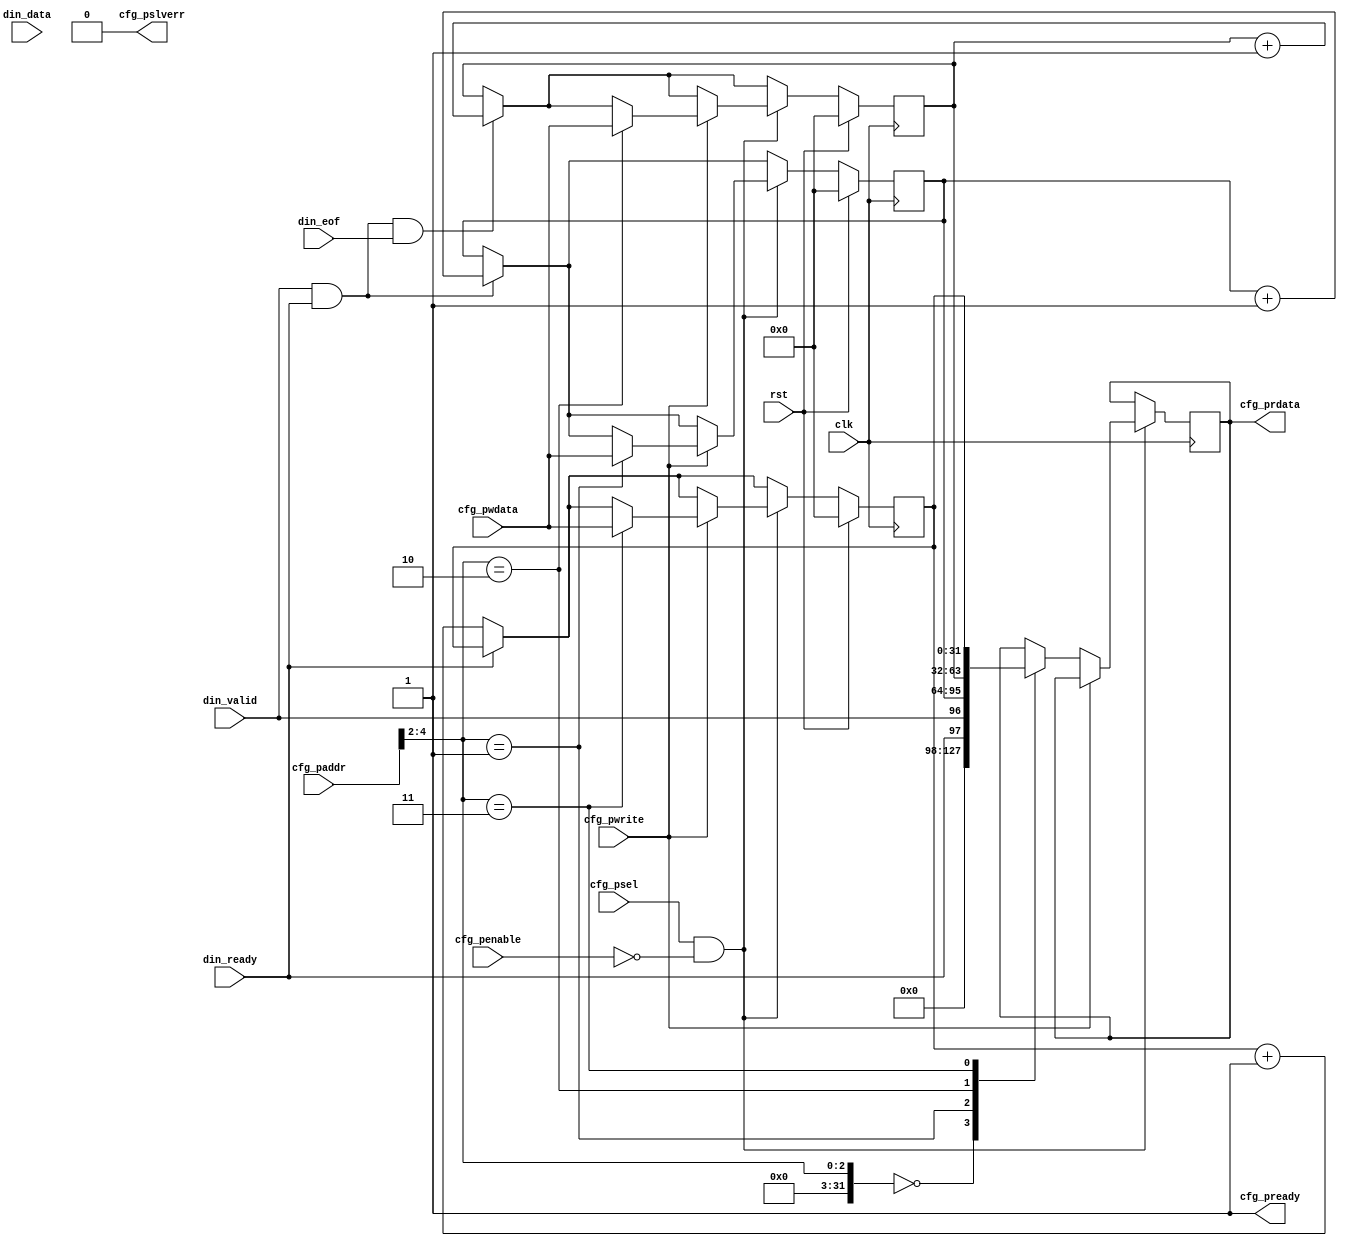
// Copyright 2019 Google LLC
//
// Licensed under the Apache License, Version 2.0 (the "License");
// you may not use this file except in compliance with the License.
// You may obtain a copy of the License at
//
//     https://www.apache.org/licenses/LICENSE-2.0
//
// Unless required by applicable law or agreed to in writing, software
// distributed under the License is distributed on an "AS IS" BASIS,
// WITHOUT WARRANTIES OR CONDITIONS OF ANY KIND, either express or implied.
// See the License for the specific language governing permissions and
// limitations under the License.
//
// --------------------------------------------------------------------------
// Stream Stats
// --------------------------------------------------------------------------
// Monitors a stream and counts the number of valid transactions and frames.
//
// --------------------------------------------------------------------------
module stream_stats #(
  parameter DataBits = 8)
(
  input                 clk,
  input                 rst,
  //
  input [4:0]           cfg_paddr,
  input                 cfg_psel,
  input                 cfg_penable,
  input                 cfg_pwrite,
  input [31:0]          cfg_pwdata,
  output                cfg_pready,
  output reg [31:0]     cfg_prdata,
  output                cfg_pslverr,
  //
  input                 din_ready,
  input                 din_valid,
  input [DataBits-1:0]  din_data,
  input                 din_eof
);

  // -----------
  // Address Map
  // -----------
  localparam StatusAddr    = 0, // RO: Stream Status
             VldCntAddr    = 1, // RW: Counts number of valid transactions
             FrameCntAddr  = 2, // RW: Counts number of frames
             RdyLowCntAddr = 3; // RW: Counts number of cycles ready has been low

  assign cfg_pready  = 1;   // APB slave is always ready
  assign cfg_pslverr = 0;   // unused

  reg [31:0] valid_count, frame_count, rdy_low_count;

  always @(posedge clk) begin :cfg
    integer addr_i;
    addr_i = cfg_paddr >> 2; // convert to word address

    // --------------
    // Monitor Stream
    // --------------
    if (din_valid & din_ready) begin
      valid_count <= valid_count + 1;
    end

    if (din_valid & din_ready & din_eof) begin
      frame_count <= frame_count + 1;
    end

    if (~din_ready) begin
      rdy_low_count <= rdy_low_count + 1;
    end

    // --------------
    // APB Registers
    // --------------
    if (cfg_psel && !cfg_penable) begin
      // register writing
      if (cfg_pwrite) begin
        case (addr_i)
          VldCntAddr:    valid_count   <= cfg_pwdata;
          FrameCntAddr:  frame_count   <= cfg_pwdata;
          RdyLowCntAddr: rdy_low_count <= cfg_pwdata;
        endcase
      // register reading
      end else begin
        case (addr_i)
          StatusAddr:    cfg_prdata <= {din_ready, din_valid};
          VldCntAddr:    cfg_prdata <= valid_count;
          FrameCntAddr:  cfg_prdata <= frame_count;
          RdyLowCntAddr: cfg_prdata <= rdy_low_count;
        endcase
      end
    end

    if (rst) begin
      valid_count   <= 0;
      frame_count   <= 0;
      rdy_low_count <= 0;
    end

  end

endmodule